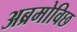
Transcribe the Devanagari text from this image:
अब्रमोविछ